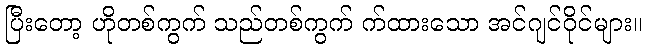
ပြီးတော့ ဟိုတစ်ကွက် သည်တစ်ကွက် က်ထားသော အင်ဂျင်ဝိုင်များ။